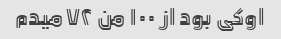
اوکی بود از ۱۰۰ من ۷۲ میدم